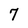
Character: 7